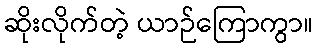
ဆိုးလိုက်တဲ့ ယာဉ်ကြောကွာ။